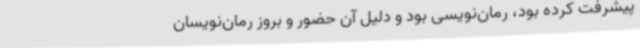
پیشرفت کرده بود، رمان‌نویسی بود و دلیل آن حضور و بروز رمان‌نویسان